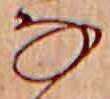
な